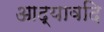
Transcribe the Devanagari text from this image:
आद्यावदि